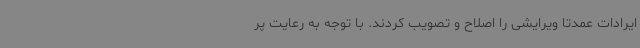
ایرادات عمدتا ویرایشی را اصلاح و تصویب کردند. با توجه به رعایت پر